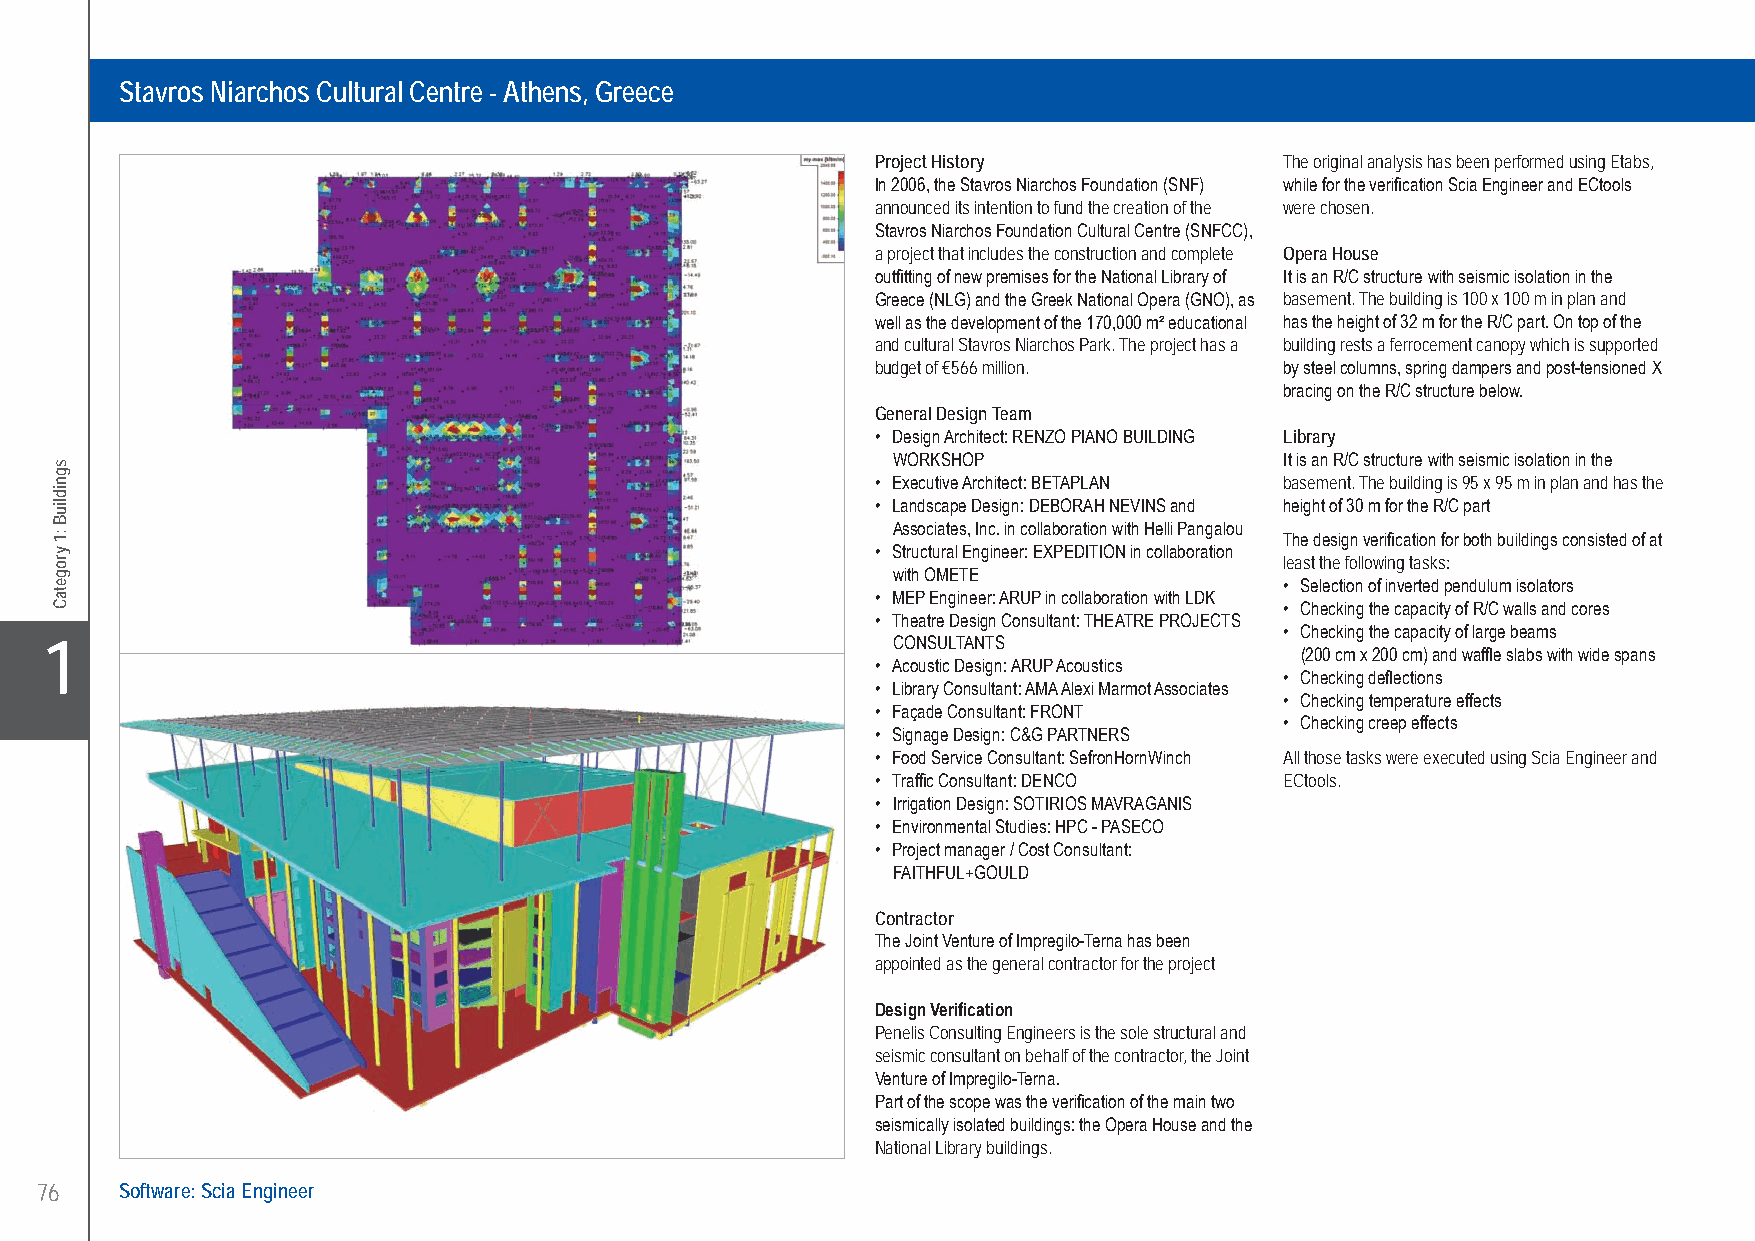
Penelis Consulting Engineers sa Stavros Niarchos Cultural Centre - Athens, Greece
 Stavros Niarchos Cultural Centre - Athens, Greece
 Project History            The original analysis has been performed using Etabs,
 In 2006, the Stavros Niarchos Foundation (SNF) while for the verification Scia Engineer and ECtools
 announced its intention to fund the creation of the were chosen.
 Stavros Niarchos Foundation Cultural Centre (SNFCC),
 a project that includes the construction and complete Opera House
 outfitting of new premises for the National Library of It is an R/C structure with seismic isolation in the
 Greece (NLG) and the Greek National Opera (GNO), as basement. The building is 100 x 100 m in plan and
 well as the development of the 170,000 m² educational has the height of 32 m for the R/C part. On top of the
 and cultural Stavros Niarchos Park. The project has a building rests a ferrocement canopy which is supported
 budget of €566 million.    by steel columns, spring dampers and post-tensioned X
 bracing on the R/C structure below.
 General Design Team
 • Design Architect: RENZO PIANO BUILDING Library
 WORKSHOP                  It is an R/C structure with seismic isolation in the
 • Executive Architect: BETAPLAN basement. The building is 95 x 95 m in plan and has the
 • Landscape Design: DEBORAH NEVINS and height of 30 m for the R/C part
 Associates, Inc. in collaboration with Helli Pangalou
 The design verification for both buildings consisted of at
 • Structural Engineer: EXPEDITION in collaboration
 least the following tasks:
 with OMETE
 • Selection of inverted pendulum isolators
 • MEP Engineer: ARUP in collaboration with LDK
 • Checking the capacity of R/C walls and cores
 • Theatre Design Consultant: THEATRE PROJECTS
 • Checking the capacity of large beams
 X1                                                      CONSULTANTS                (200 cm x 200 cm) and waffle slabs with wide spans
 • Acoustic Design: ARUP Acoustics
 • Checking deflections
 • Library Consultant: AMA Alexi Marmot Associates
 • Checking temperature effects
 • Façade Consultant: FRONT
 • Checking creep effects
 • Signage Design: C&G PARTNERS
 • Food Service Consultant: SefronHornWinch All those tasks were executed using Scia Engineer and
 • Traffic Consultant: DENCO ECtools.
 • Irrigation Design: SOTIRIOS MAVRAGANIS
 • Environmental Studies: HPC - PASECO
 • Project manager / Cost Consultant:
 FAITHFUL+GOULD
 Contractor
 The Joint Venture of Impregilo-Terna has been
 appointed as the general contractor for the project
 Design Verification
 Penelis Consulting Engineers is the sole structural and
 seismic consultant on behalf of the contractor, the Joint
 Venture of Impregilo-Terna.
 Part of the scope was the verification of the main two
 seismically isolated buildings: the Opera House and the
 National Library buildings.
 76    Software: Scia Engineer
 UC-2013-Book-V8.indd 76                                                                                   7/11/2013 12:21:56 PM
 sgnidliuB
 :1
 yrogetaC